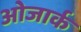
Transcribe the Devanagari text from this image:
ओजार्क